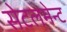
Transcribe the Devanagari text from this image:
सेटलमेन्ट